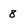
Character: 8